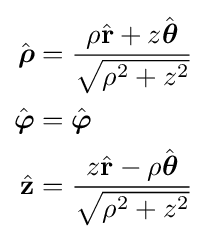
{\begin{aligned}{\hat {\boldsymbol {\rho }}}&={\frac {\rho {\hat {\mathbf {r} }}+z{\hat {\boldsymbol {\theta }}}}{\sqrt {\rho ^{2}+z^{2}}}}\\{\hat {\boldsymbol {\varphi }}}&={\hat {\boldsymbol {\varphi }}}\\{\hat {\mathbf {z} }}&={\frac {z{\hat {\mathbf {r} }}-\rho {\hat {\boldsymbol {\theta }}}}{\sqrt {\rho ^{2}+z^{2}}}}\end{aligned}}